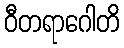
ဝီတရာဂေါတိ